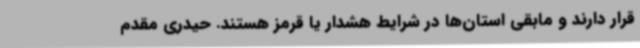
قرار دارند و مابقی استان‌ها در شرایط هشدار یا قرمز هستند. حیدری مقدم